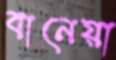
বানেয়া